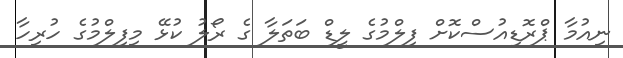
ނިއުމާ ޕްރޮޑިއުސްކޮށް ފިލްމުގެ ލީޑް ބަތަލާ ގެ ރޯލު ކުޅޭ މިފިލްމުގެ ހުރިހާ